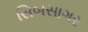
સિબસાગર